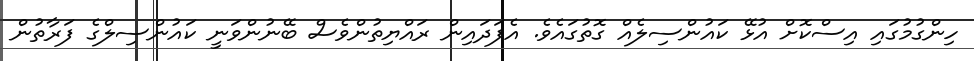
ހިންގުމުގައި އިސްކޮށް އުޅޭ ކައުންސިލެއް ގޮތުގައެވެ. އެފަދައިން ރައްޔިތުންވެސް ބޭނުންވަނީ ކައުންސިލްގެ ފަރާތުން